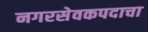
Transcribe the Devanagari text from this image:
नगरसेवकपदाचा